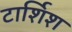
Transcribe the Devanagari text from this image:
टार्शिश